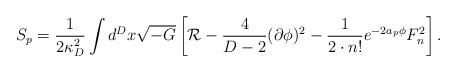
LaTeX: \begin{align*}S_p={1\over{2\kappa^2_D}}\int d^Dx\sqrt{-G}\left[{\cal R}-{4\over{D-2}}(\partial\phi)^2-{1\over{2\cdot n!}}e^{-2a_p\phi}F^2_n\right].\end{align*}